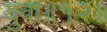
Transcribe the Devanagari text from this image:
युवा॥१२॥